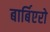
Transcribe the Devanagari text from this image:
बार्बिएरो